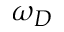
\omega _ { D }